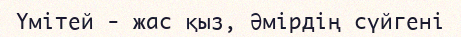
Үмітей - жас қыз, Әмірдің сүйгені